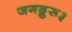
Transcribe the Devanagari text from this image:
जगद्गुरू३